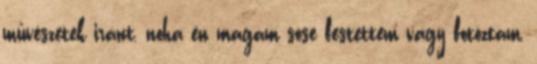
művészetek iránt, noha én magam sose festettem vagy fotóztam,